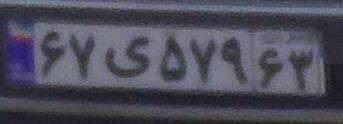
۶۷ی۵۷۹۶۳